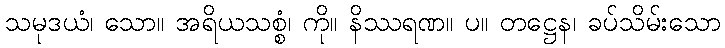
သမုဒယံ၊ သော။ အရိယသစ္စံ၊ ကို။ နိဿရဏ။ ပ။ တဋ္ဌေန၊ ခပ်သိမ်းသော